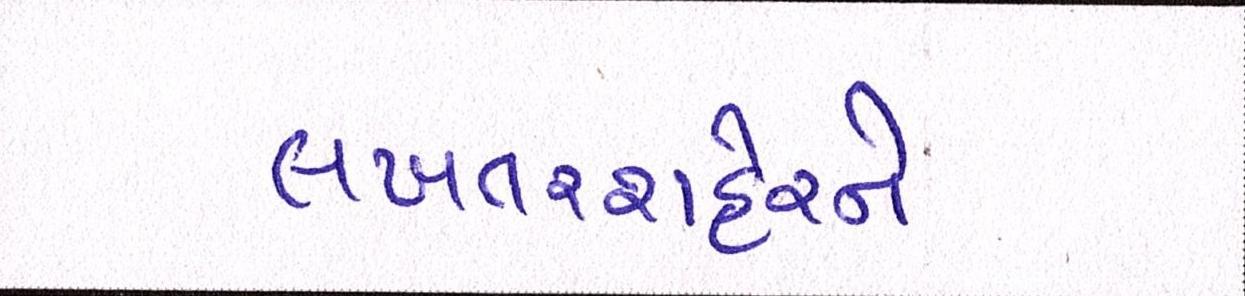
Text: લખતરશહેરને